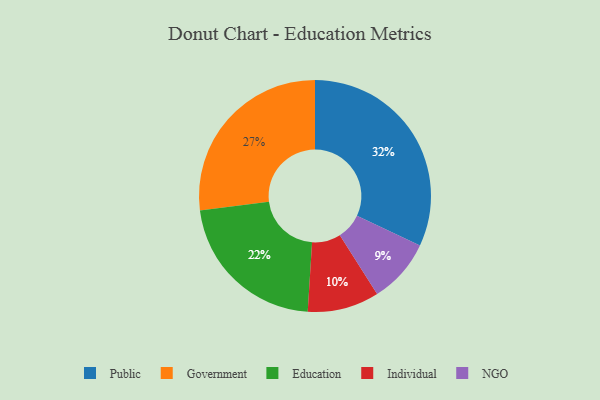
{"axis": {"x": "Category", "y": "Percentage"}, "legend": ["Education", "Government", "Individual", "NGO", "Public"], "data": [{"x": "Individual", "y": 10, "type": "Individual"}, {"x": "Public", "y": 32, "type": "Public"}, {"x": "Education", "y": 22, "type": "Education"}, {"x": "Government", "y": 27, "type": "Government"}, {"x": "NGO", "y": 9, "type": "NGO"}]}